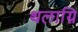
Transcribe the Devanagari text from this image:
थलाग्नि